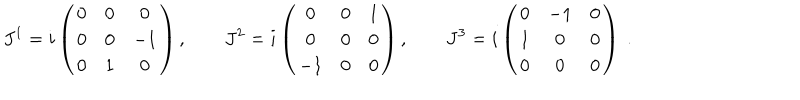
{ J } ^ { 1 } = i \left( \begin{array} { c c c } { { 0 } } & { { 0 } } & { { 0 } } \\ { { 0 } } & { { 0 } } & { { - 1 } } \\ { { 0 } } & { { 1 } } & { { 0 } } \\ \end{array} \right) , \quad \quad { J } ^ { 2 } = i \left( \begin{array} { c c c } { { 0 } } & { { 0 } } & { { 1 } } \\ { { 0 } } & { { 0 } } & { { 0 } } \\ { { - 1 } } & { { 0 } } & { { 0 } } \\ \end{array} \right) , \quad \quad { J } ^ { 3 } = i \left( \begin{array} { c c c } { { 0 } } & { { - 1 } } & { { 0 } } \\ { { 1 } } & { { 0 } } & { { 0 } } \\ { { 0 } } & { { 0 } } & { { 0 } } \\ \end{array} \right) ~ .